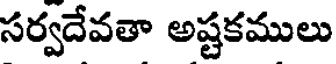
సర్వదేవతా అష్టకములు